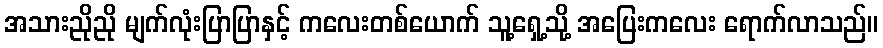
အသားညိုညို မျက်လုံးပြာပြာနှင့် ကလေးတစ်ယောက် သူ့ရှေ့သို့ အပြေးကလေး ရောက်လာသည်။